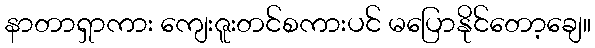
နာတာရှာကား ကျေးဇူးတင်စကားပင် မပြောနိုင်တော့ချေ။